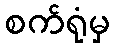
စက်ရုံမှ